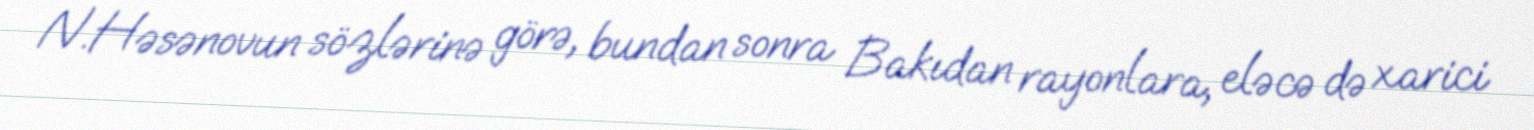
N.Həsənovun sözlərinə görə, bundan sonra Bakıdan rayonlara, eləcə də xarici